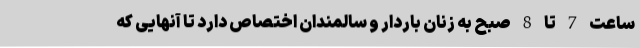
ساعت 7 تا 8 صبح به زنان باردار و سالمندان اختصاص دارد تا آنهایی که